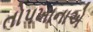
તોપખાનાએ